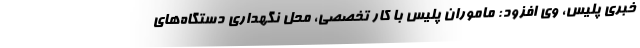
خبری پلیس، وی افزود: ماموران پلیس با کار تخصصی، محل نگهداری دستگاه‌های